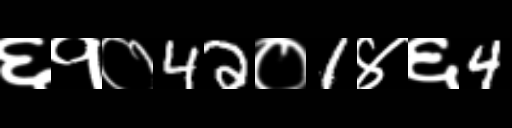
Text: ६१०42०1४६4